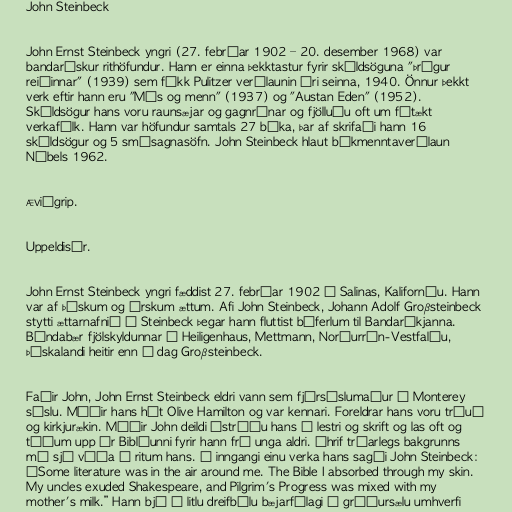
John Steinbeck

John Ernst Steinbeck yngri (27. febrúar 1902 – 20. desember 1968) var
bandarískur rithöfundur. Hann er einna þekktastur fyrir skáldsöguna "Þrúgur
reiðinnar" (1939) sem fékk Pulitzer verðlaunin ári seinna, 1940. Önnur þekkt
verk eftir hann eru "Mýs og menn" (1937) og "Austan Eden" (1952).
Skáldsögur hans voru raunsæjar og gagnrýnar og fjölluðu oft um fátækt
verkafólk. Hann var höfundur samtals 27 bóka, þar af skrifaði hann 16
skáldsögur og 5 smásagnasöfn. John Steinbeck hlaut bókmenntaverðlaun
Nóbels 1962.

Æviágrip.

Uppeldisár.

John Ernst Steinbeck yngri fæddist 27. febrúar 1902 í Salinas, Kaliforníu. Hann
var af þýskum og írskum ættum. Afi John Steinbeck, Johann Adolf Großsteinbeck
stytti ættarnafnið í Steinbeck þegar hann fluttist búferlum til Bandaríkjanna.
Bóndabær fjölskyldunnar í Heiligenhaus, Mettmann, Norðurrín-Vestfalíu,
Þýskalandi heitir enn í dag Großsteinbeck.

Faðir John, John Ernst Steinbeck eldri vann sem fjársýslumaður í Monterey
sýslu. Móðir hans hét Olive Hamilton og var kennari. Foreldrar hans voru trúuð
og kirkjurækin. Móðir John deildi ástríðu hans á lestri og skrift og las oft og
tíðum upp úr Biblíunni fyrir hann frá unga aldri. Áhrif trúarlegs bakgrunns
má sjá víða í ritum hans. Í inngangi einu verka hans sagði John Steinbeck:
„Some literature was in the air around me. The Bible I absorbed through my skin.
My uncles exuded Shakespeare, and Pilgrim's Progress was mixed with my
mother's milk.” Hann bjó í litlu dreifbýlu bæjarfélagi í gróðursælu umhverfi